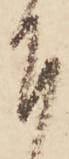
下